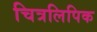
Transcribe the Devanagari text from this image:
चित्रलिपिक